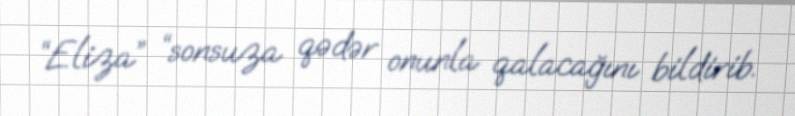
“Eliza” “sonsuza qədər onunla qalacağını bildirib.